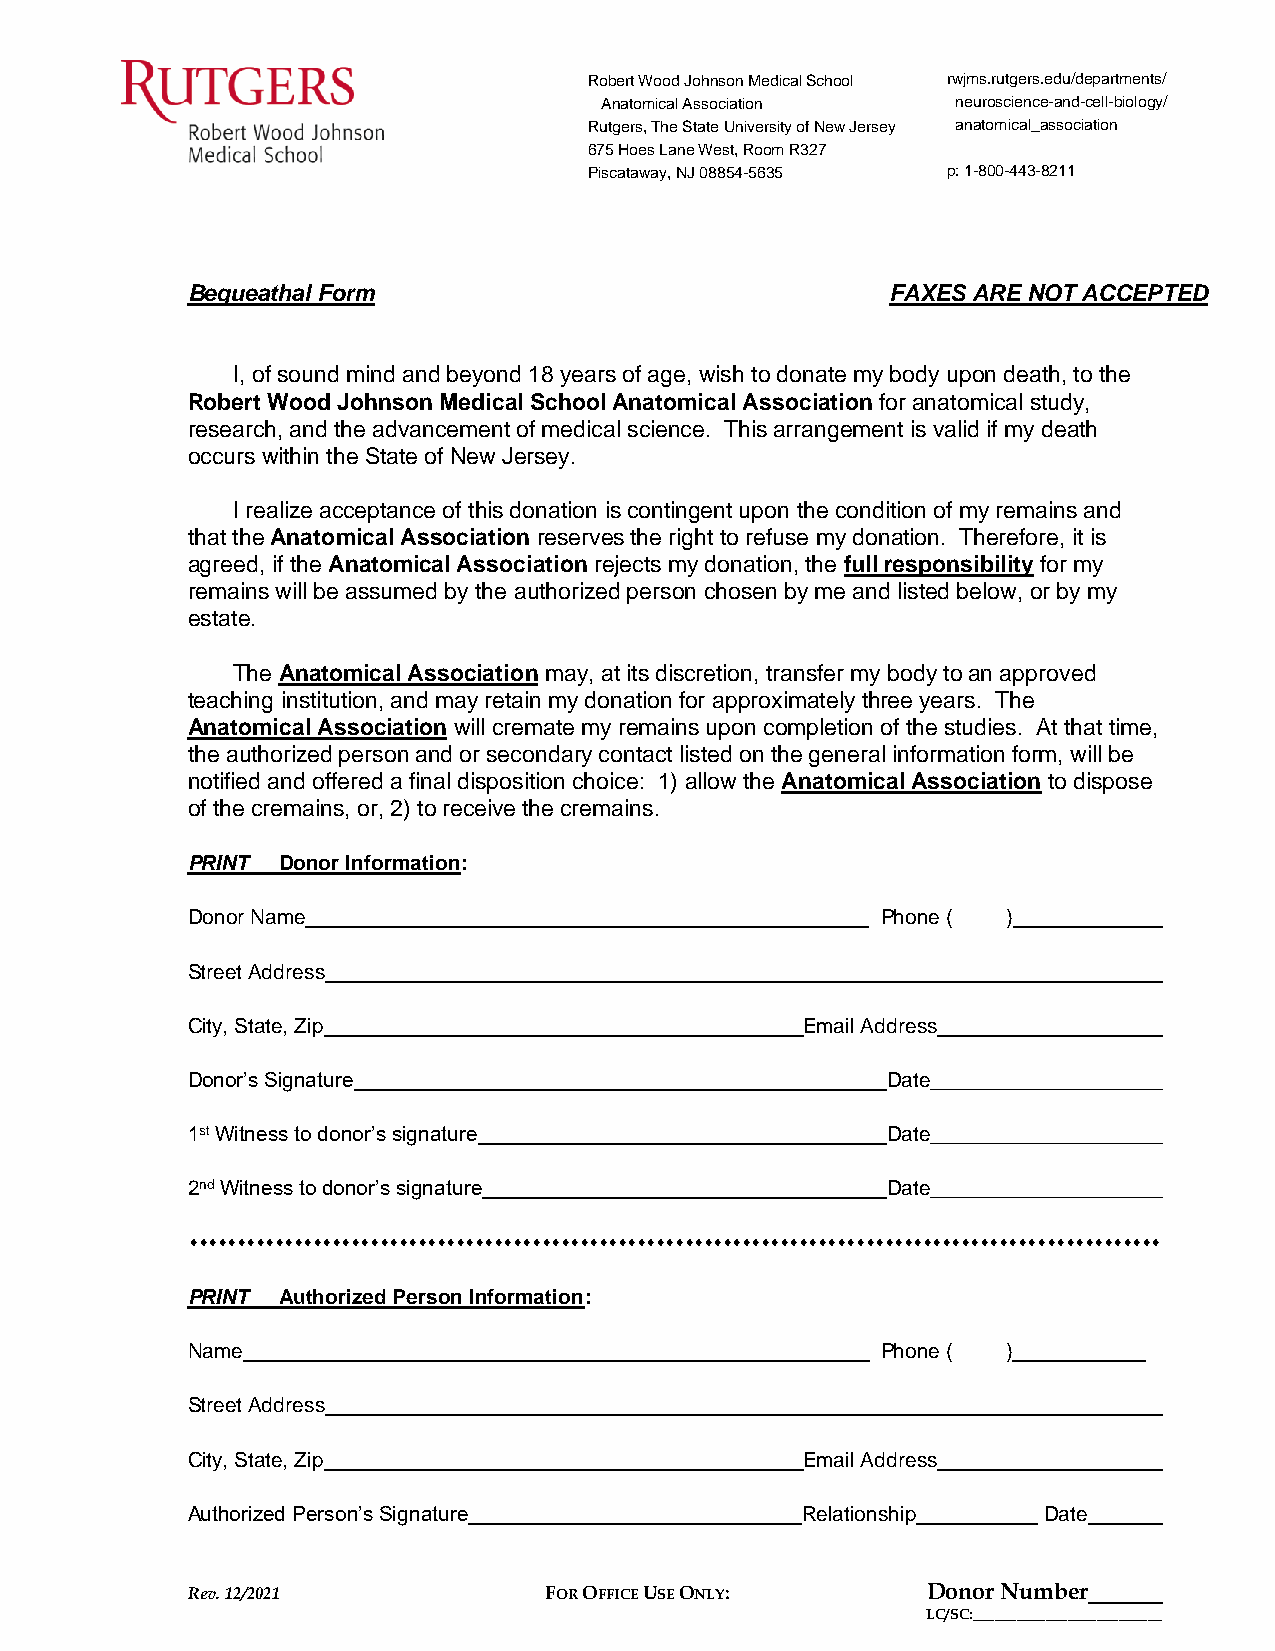
Robert Wood Johnson Medical School rwjms.rutgers.edu/departments/
 Anatomical Association neuroscience-and-cell-biology/
 Rutgers, The State University of New Jersey anatomical_association
 675 Hoes Lane West, Room R327
 Piscataway, NJ 08854-5635 p: 1-800-443-8211
 Bequeathal Form                                FAXES ARE NOT ACCEPTED
 I, of sound mind and beyond 18 years of age, wish to donate my body upon death, to the
 Robert Wood Johnson Medical School Anatomical Association for anatomical study,
 research, and the advancement of medical science. This arrangement is valid if my death
 occurs within the State of New Jersey.
 I realize acceptance of this donation is contingent upon the condition of my remains and
 that the Anatomical Association reserves the right to refuse my donation. Therefore, it is
 agreed, if the Anatomical Association rejects my donation, the full responsibility for my
 remains will be assumed by the authorized person chosen by me and listed below, or by my
 estate.
 The Anatomical Association may, at its discretion, transfer my body to an approved
 teaching institution, and may retain my donation for approximately three years. The
 Anatomical Association will cremate my remains upon completion of the studies. At that time,
 the authorized person and or secondary contact listed on the general information form, will be
 notified and offered a final disposition choice: 1) allow the Anatomical Association to dispose
 of the cremains, or, 2) to receive the cremains.
 PRINT Donor Information:
 Donor Name                                    Phone (  )
 Street Address
 City, State, Zip                         Email Address
 Donor’s Signature                              Date____________________
 1st Witness to donor’s signature               Date____________________
 2nd Witness to donor’s signature               Date____________________
 ⬧⬧⬧⬧⬧⬧⬧⬧⬧⬧⬧⬧⬧⬧⬧⬧⬧⬧⬧⬧⬧⬧⬧⬧⬧⬧⬧⬧⬧⬧⬧⬧⬧⬧⬧⬧⬧⬧⬧⬧⬧⬧⬧⬧⬧⬧⬧⬧⬧⬧⬧⬧⬧⬧⬧⬧⬧⬧⬧⬧⬧⬧⬧⬧⬧⬧⬧⬧⬧⬧⬧⬧⬧⬧⬧⬧⬧⬧⬧⬧⬧⬧⬧⬧⬧⬧⬧⬧⬧⬧⬧⬧⬧⬧⬧⬧⬧⬧⬧⬧⬧⬧
 PRINT Authorized Person Information:
 Name                                          Phone (  )
 Street Address
 City, State, Zip                         Email Address
 Authorized Person’s Signature            Relationship    Date
 Rev. 12/2021            FOR OFFICE USE ONLY:     Donor Number
 LC/SC:__________________________